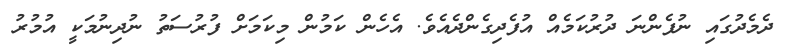
ދެމެދުގައި ނުފެންނަ ދުރުކަމެއް އުފެދިގެންދެއެވެ. އެހެން ކަމުން މިކަމަށް ފުރުސަތު ނުދިނުމަކީ އުމުރު